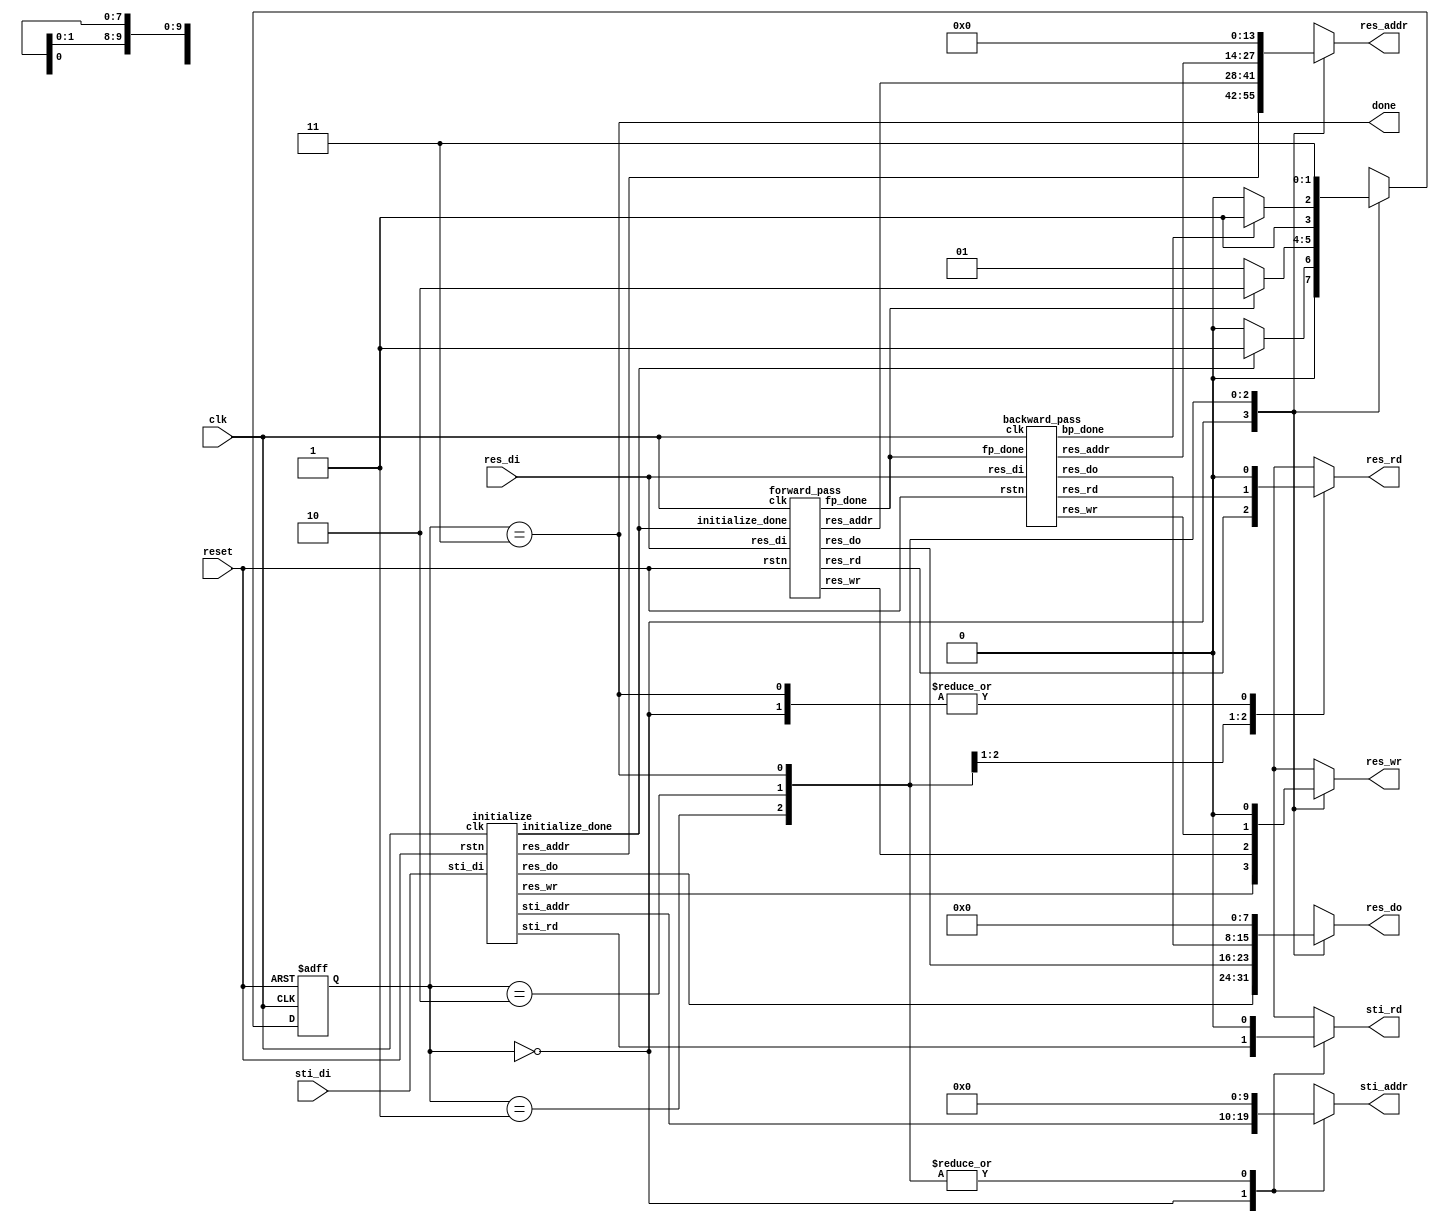
module DT(
           input 	clk,
           input	reset,
           output	done,
           output	reg sti_rd,
           output 	reg [9:0] sti_addr,
           input	[15:0] sti_di,
           output	reg res_wr,
           output	reg res_rd,
           output 	reg [13:0] res_addr,
           output 	reg [7:0] res_do,
           input	[7:0] res_di
       );

wire initialize_done, fp_done, bp_done;

parameter init_p=0, fp_p=1, bp_p=2, done_p=3;
reg [1:0]state, nstate;

always @(*) 
begin
    case (state)
        init_p: nstate=(initialize_done)?fp_p:init_p;
        fp_p: nstate=(fp_done)?bp_p:fp_p;
        bp_p: nstate=(bp_done)?done_p:bp_p;
        done_p: nstate=done_p;
        default :nstate=init_p;
    endcase
end

always @(posedge clk or negedge reset) begin
    if (!reset)
        state=init_p;
    else
        state=nstate;
end

//initialize
wire sti_rd_init;
wire [9:0] sti_addr_init;
wire res_wr_init;
wire [13:0]res_addr_init;
wire [7:0]res_do_init;
initialize init (clk, reset, sti_rd_init, sti_addr_init, sti_di,
                res_wr_init, res_addr_init, res_do_init, initialize_done);

//forward pass
wire res_wr_fp, res_rd_fp;
wire [13:0] res_addr_fp;
wire [7:0] res_do_fp;
forward_pass fp (clk, reset, initialize_done, res_rd_fp, res_wr_fp,
                 res_addr_fp, res_do_fp, res_di, fp_done);

//backward_pass
wire res_wr_bp, res_rd_bp;
wire [13:0] res_addr_bp;
wire [7:0] res_do_bp;
backward_pass bp (clk, reset, fp_done, res_rd_bp, res_wr_bp,
                 res_addr_bp, res_do_bp, res_di, bp_done);

always @(*) begin
    case (state)
    init_p:begin
        sti_rd=sti_rd_init;
        sti_addr=sti_addr_init;
        res_wr=res_wr_init;
        res_rd=0;
        res_addr=res_addr_init;
        res_do=res_do_init;
    end
    fp_p:begin
        sti_rd=0;
        sti_addr=0;
        res_wr=res_wr_fp;
        res_rd=res_rd_fp;
        res_addr=res_addr_fp;
        res_do=res_do_fp;
    end
    bp_p:begin
        sti_rd=0;
        sti_addr=0;
        res_wr=res_wr_bp;
        res_rd=res_rd_bp;
        res_addr=res_addr_bp;
        res_do=res_do_bp;
    end
    done_p:begin
        sti_rd=0;
        sti_addr=0;
        res_wr=0;
        res_rd=0;
        res_addr=0;
        res_do=0;
    end
    default:begin
        sti_rd=0;
        sti_addr=0;
        res_wr=0;
        res_rd=0;
        res_addr=0;
        res_do=0;
    end   
    endcase
end

assign done=(state==done_p);

endmodule

module initialize (clk, rstn, sti_rd, sti_addr, sti_di, res_wr, res_addr, res_do, initialize_done);
input clk, rstn;
output reg sti_rd;
output reg [9:0] sti_addr;
input [15:0] sti_di;
output reg res_wr;
output reg [13:0]res_addr;
output reg [7:0]res_do;
output reg initialize_done;

parameter init=0, indicate_ROM=1, load_from_ROM=2, send_to_RAM_0=3, send_to_RAM=4, checkif_done=5, done=6;
reg [2:0]state, nstate;
reg [3:0]buf_state, buf_nstate;
reg [0:15]buff;

always @(*) 
begin
    case(state)
        init: nstate=indicate_ROM;
        indicate_ROM: nstate=load_from_ROM;
        load_from_ROM: nstate=send_to_RAM_0;
        send_to_RAM_0: nstate=send_to_RAM;
        send_to_RAM: nstate=(buf_state==4'b1111)?checkif_done:send_to_RAM;
        checkif_done: nstate=(sti_addr==1023)?done:indicate_ROM;
        done: nstate=done;
    endcase    
end

always @(posedge clk or negedge rstn) 
begin
    if(!rstn)
        state=init;
    else
        state=nstate;    
end

always @(*) 
begin
    case(state)
        init: begin
            // control signal 
            sti_rd=0;
            res_wr=0;
            initialize_done=0;
            res_do=0;
            buff=0;
        end
        indicate_ROM:begin
            sti_rd=1;
        end
        load_from_ROM:begin
            sti_rd=0;
            buff=sti_di;
        end
        send_to_RAM_0:begin
            res_wr=1;
            res_do={7'b0, buff[buf_state]};
        end
        send_to_RAM:begin
            res_wr=1;
            res_do={7'b0, buff[buf_state]};
        end
        checkif_done:begin
            res_wr=0;
        end
        done:begin
            sti_rd=0;
            res_wr=0;
            initialize_done=1;
        end

    endcase
end

// count 16 cycles for loading 16 pixel every time from ROM
always @(*) begin
    case (buf_state)
        15: buf_nstate=15;
        default :buf_nstate=buf_state+1;
    endcase
end

always @(posedge clk) begin
    case(state)
        send_to_RAM: buf_state<=buf_nstate;
        default: buf_state<=0;
    endcase
end
//------

// address to ROM & RAM control
always @(posedge clk)
begin
	case (state)
	init:
	begin
		sti_addr=0;
		res_addr=0;
	end
	send_to_RAM:
		res_addr=res_addr+1;
	checkif_done:
	begin
		if (sti_addr==1023)
                	sti_addr=1023;
            	else
                	sti_addr=sti_addr+1;
		res_addr=res_addr+1;
	end
	endcase
end

endmodule //init

module forward_pass(clk, rstn, initialize_done, res_rd, res_wr, res_addr, res_do, res_di, fp_done);
input clk, rstn, initialize_done;
input [7:0]	res_di;
output reg res_wr, res_rd, fp_done;
output reg [13:0] res_addr;
output reg [7:0] res_do;

parameter init=0, send_target_addr=1, check_target=2, send_NW=3, send_N_load_NW=4;
parameter send_NE_load_N=5, send_W_load_NE=6, load_W_find_min=7, check_RAM_addr=8, done=9;
parameter min_RAM_addr=129, MAX_RAM_addr=128*126+126;
reg[3:0]state, nstate;
reg [7:0] data;

always @(*)
begin
    case(state)
        init: nstate=(initialize_done)?send_target_addr:init;
        send_target_addr: nstate=check_target;
        check_target: nstate=(res_di==0)?check_RAM_addr:send_NW;
        send_NW: nstate=send_N_load_NW;
        send_N_load_NW: nstate=send_NE_load_N;
        send_NE_load_N: nstate=send_W_load_NE;
        send_W_load_NE: nstate=load_W_find_min;
        load_W_find_min: nstate=check_RAM_addr;
        check_RAM_addr: nstate=(res_addr>MAX_RAM_addr)?done:send_target_addr;
        done: nstate=done;
        default : nstate=init;
    endcase
end

always @(posedge clk or negedge rstn) 
begin
    if (!rstn)
        state=init;
    else
        state=nstate; 
end

always @(posedge clk) 
begin
    case(state)
    init:begin
        // control signal 
        res_rd=0;
        res_wr=0;
        fp_done=0;

        // data process
        res_addr=min_RAM_addr;
    end
    send_target_addr:begin
        res_rd=1;
    end
    check_target:begin
        res_rd=0;
    end
    send_NW:begin
        res_rd=1;
        res_addr=res_addr-129;
    end
    send_N_load_NW:begin
        // control signal 
        res_rd=1;
        res_addr=res_addr+1;

        // data process
        data=res_di;
    end
    send_NE_load_N:begin
        // control signal 
        res_rd=1;
        res_addr=res_addr+1;

        // data process
        data=(res_di<data)?res_di:data;
    end
    send_W_load_NE:begin
        // control signal
        res_rd=1;
        res_addr=res_addr+126;

        // data process
        data=(res_di<data)?res_di:data;
    end
    load_W_find_min:begin
        // control signal 
        res_rd=0;
        res_wr=1;

        // data process
        data=(res_di<data)?res_di:data;
        res_do=data+1;
        res_addr=res_addr+1;
    end
    check_RAM_addr:begin
        res_wr=0;
        res_rd=0;
        if (res_addr>MAX_RAM_addr)
            res_addr=MAX_RAM_addr;
        else
        begin
            if (res_addr[6:0]==7'b111_1110)  //126, 128+126, 128*2+126...
                res_addr=res_addr+3;
            else
                res_addr=res_addr+1;
        end
    end
    done:begin
        // control signal 
        res_wr=0;
        res_rd=0;
        fp_done=1;
    end
    endcase
end

endmodule

module backward_pass(clk, rstn, fp_done, res_rd, res_wr, res_addr, res_do, res_di, bp_done);
input clk, rstn, fp_done;
input [7:0]	res_di;
output reg res_wr, res_rd;
output reg [13:0] res_addr;
output reg [7:0] res_do;
output reg bp_done;

parameter init=0, send_target_addr=1, check_target=2, send_E=3, send_SW_load_E=4;
parameter send_S_load_SW=5, send_SE_load_S=6, load_SE_write_back=7, check_RAM_addr=8, done=9;
parameter min_RAM_addr=129, MAX_RAM_addr=128*126+126;
reg[3:0]state, nstate;
reg[7:0] original_data, data;

always @(*)
begin
    case(state)
        init: nstate=(fp_done)?send_target_addr:init;
        send_target_addr: nstate=check_target;
        check_target: nstate=(res_di==0)?check_RAM_addr:send_E;
        send_E: nstate=send_SW_load_E;
        send_SW_load_E: nstate=send_S_load_SW;
        send_S_load_SW: nstate=send_SE_load_S;
        send_SE_load_S: nstate=load_SE_write_back;
        load_SE_write_back: nstate=check_RAM_addr;
        check_RAM_addr: nstate=(res_addr<min_RAM_addr)?done:send_target_addr;
        done: nstate=done;
        default : nstate=init; 
    endcase
end

always @(posedge clk or negedge rstn) 
begin
    if (!rstn)
        state=init;
    else
        state=nstate; 
end

always @(posedge clk) 
begin
    case(state)
    init:begin
        // control signal 
        res_rd=0;
        res_wr=0;
        bp_done=0;

        // data process 
        res_addr=MAX_RAM_addr;
    end
    send_target_addr:begin
        res_rd=1;
    end
    check_target:begin
        // control signal
        res_rd=0;

        // data process
        original_data=res_di;
    end
    send_E:begin
        // control signal
        res_rd=1;

        // data process
        res_addr=res_addr+1;
    end
    send_SW_load_E:begin
        // control signal
        res_rd=1;

        // data process
        res_addr=res_addr+126;
        data=res_di;
    end
    send_S_load_SW:begin
        // control signal
        res_rd=1;

        // data process
        res_addr=res_addr+1;
        data=(res_di<data)?res_di:data;
    end
    send_SE_load_S:begin
        res_rd=1;
        res_addr=res_addr+1;
        data=(res_di<data)?res_di:data;
    end
    load_SE_write_back:begin
        // control signal
        res_rd=0;
        res_wr=1;
        // data process
        data=(res_di<data)?res_di:data;
        res_do=((data+1)<original_data)?(data+1):original_data;
        res_addr=res_addr-129;
    end
    check_RAM_addr:begin
        res_wr=0;
        res_rd=0;
        if (res_addr<min_RAM_addr)
            res_addr=min_RAM_addr;
        else
        begin
            if (res_addr[6:0]==7'b000_0001)  //129, 128+129, 128*2+129...
                res_addr=res_addr-3;
            else
                res_addr=res_addr-1;
        end
    end
    done:begin
        res_wr=0;
        res_rd=0;
        bp_done=1;
    end
    endcase
end

endmodule //bp